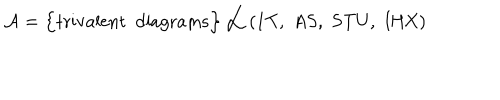
LaTeX: { \cal A } = \Big \{ \mathrm { t r i v a l e n t \, \, \, d i a g r a m s } \Big \} \, \, \Big / \, \, \mathrm { ( 1 T , \, \, A S , \, \, S T U , \, \, I H X ) }